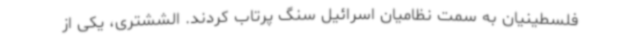
فلسطینیان به سمت نظامیان اسرائیل سنگ پرتاب کردند. الششتری، یکی از